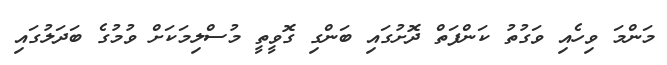
މަންމަ ވިހެއި ވަގުތު ކަންފަތް ދޮށުގައި ބަންގި ގޮވީތީ މުސްލިމަކަށް ވުމުގެ ބަދަލުގައި